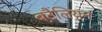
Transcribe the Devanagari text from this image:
बटैलियन